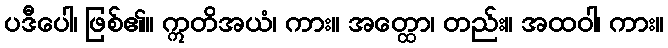
ပဒီပေါ၊ ဖြစ်၏။ ဣတိအယံ၊ ကား။ အတ္ထော၊ တည်း။ အထဝါ၊ ကား။